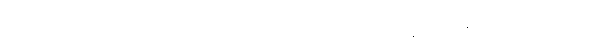
မဟုတ်ဘူး မောင်သက်ဆွေ၊ ကိုယ့်ကို ချစ်လို့ တကောက်ကောက် လိုက် နေတဲ့ ခင်သီသီကို ခွာထွက်လာလို့